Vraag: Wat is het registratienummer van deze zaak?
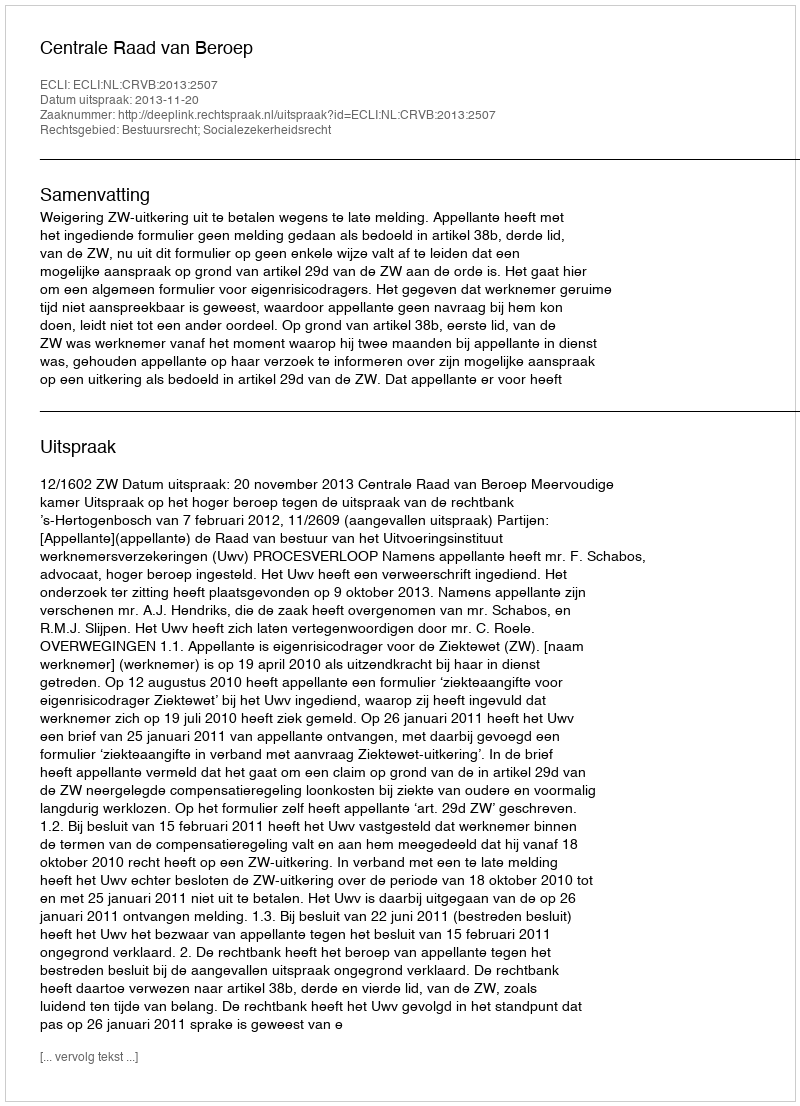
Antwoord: http://deeplink.rechtspraak.nl/uitspraak?id=ECLI:NL:CRVB:2013:2507